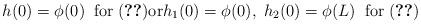
LaTeX: \begin{align*} h(0) = \phi(0) \;\;{\rm for}\; \eqref{half} {\rm or} h_1(0) = \phi(0), \; h_2(0) = \phi(L) \;\; {\rm for} \; \eqref{finite}\end{align*}